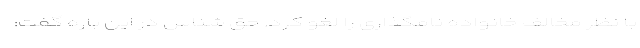
با نظر مخالف خانواده نامگذاری را لغو کرد. حق شناس در این باره گفت: